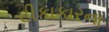
ટીકાકારના